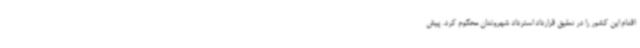
اقدام این کشور را در تعلیق قرارداد استرداد شهروندان محکوم کرد. پیش